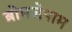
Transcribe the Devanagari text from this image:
ब्रोमजेपाम